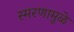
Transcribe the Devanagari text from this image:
स्‍मरणामुळे